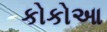
કોકોઆ